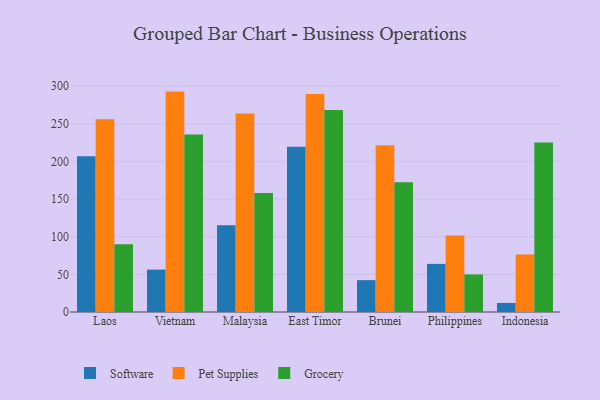
{"axis": {"x": "Country", "y": "Production Output"}, "legend": ["Grocery", "Pet Supplies", "Software"], "data": [{"x": "Laos", "y": 207.0, "type": "Software"}, {"x": "Laos", "y": 256.1, "type": "Pet Supplies"}, {"x": "Laos", "y": 90.0, "type": "Grocery"}, {"x": "Vietnam", "y": 56.3, "type": "Software"}, {"x": "Vietnam", "y": 292.7, "type": "Pet Supplies"}, {"x": "Vietnam", "y": 235.6, "type": "Grocery"}, {"x": "Malaysia", "y": 115.3, "type": "Software"}, {"x": "Malaysia", "y": 263.7, "type": "Pet Supplies"}, {"x": "Malaysia", "y": 158.2, "type": "Grocery"}, {"x": "East Timor", "y": 219.6, "type": "Software"}, {"x": "East Timor", "y": 289.5, "type": "Pet Supplies"}, {"x": "East Timor", "y": 268.4, "type": "Grocery"}, {"x": "Brunei", "y": 42.3, "type": "Software"}, {"x": "Brunei", "y": 221.6, "type": "Pet Supplies"}, {"x": "Brunei", "y": 172.3, "type": "Grocery"}, {"x": "Philippines", "y": 63.9, "type": "Software"}, {"x": "Philippines", "y": 101.5, "type": "Pet Supplies"}, {"x": "Philippines", "y": 49.9, "type": "Grocery"}, {"x": "Indonesia", "y": 12.0, "type": "Software"}, {"x": "Indonesia", "y": 76.3, "type": "Pet Supplies"}, {"x": "Indonesia", "y": 225.2, "type": "Grocery"}]}